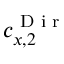
c _ { x , 2 } ^ { \textnormal { D i r } }